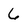
Character: 6